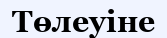
Төлеуіне